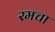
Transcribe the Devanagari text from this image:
रमचा